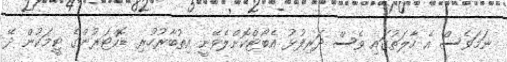
ނަމަވެސް އެ ހާލަތުގައި ވެސް ދަރިފުޅު އެބޯޓްކޮށްލެވޭނީ އިތުބާރުހުރި ޑޮކްޓަރުންގެ ޓީމަކުން ދޭ